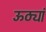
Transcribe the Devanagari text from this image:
ऊठ्यां